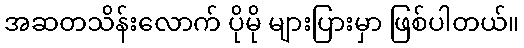
အဆတသိန်းလောက် ပိုမို များပြားမှာ ဖြစ်ပါတယ်။